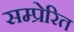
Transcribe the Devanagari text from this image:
सम्प्रेरित